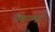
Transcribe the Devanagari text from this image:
विमानातसुद्धा